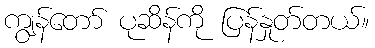
ကျွန်တော် ပုဆိန်ကို ပြန်နှုတ်တယ်။